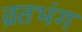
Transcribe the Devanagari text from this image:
व्रतभंग